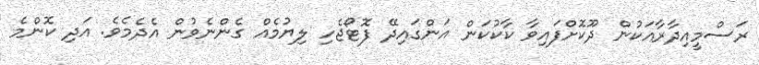
ރަސްމީއިދާރާއަކުން ދޫކޮށްފައިވާ ކާކުކަން އަންގައިދޭ ފޮޓޯޖެހި ލިޔުމެއް ގެންނެވުން އެދެމެވެ. އަދި ކޮންމެ